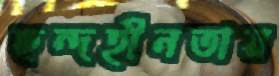
ছন্দহীনতায়